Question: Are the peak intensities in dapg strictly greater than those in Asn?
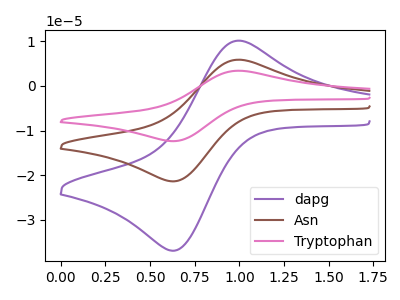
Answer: <think>The purple curve "dapg" has an anodic peak at (1.00V, 10.10uA) and a cathodic peak at (0.65V, -36.90uA). The brown curve "Asn" has an anodic peak at (1.00V, 5.85uA) and a cathodic peak at (0.65V, -21.35uA). The pink curve "Tryptophan" has an anodic peak at (1.00V, 11.70uA) and a cathodic peak at (0.65V, -42.75uA).</think>
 <answer>Every peak in "dapg" is higher than every peak in "Asn".</answer>
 <eval>higher</eval>